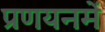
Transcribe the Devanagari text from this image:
प्रणयनमें